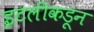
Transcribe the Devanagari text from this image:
इटलीकडून